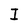
Character: I